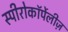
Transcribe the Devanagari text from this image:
स्पीरोकॉर्पेलीज़